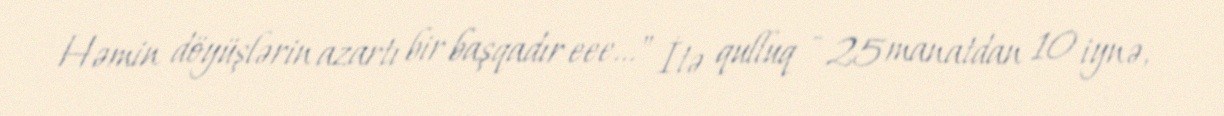
Həmin döyüşlərin azartı bir başqadır eee..." İtə qulluq - 25 manatdan 10 iynə,